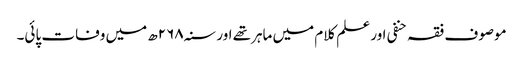
موصوف فقہ حنفی اور علم کلام میں ماہرتھے اور سنہ۲۶۸ھ میں وفات پائی۔